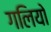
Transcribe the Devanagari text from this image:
गलियो